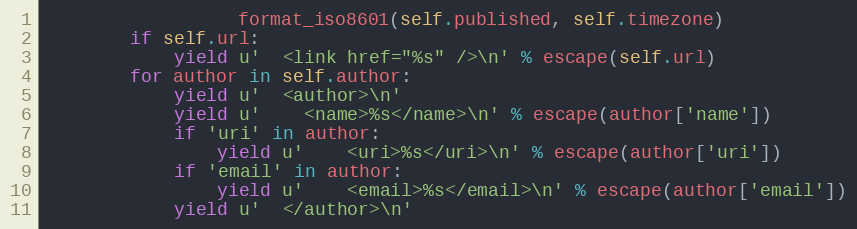
Language: Python
                  format_iso8601(self.published, self.timezone)
        if self.url:
            yield u'  <link href="%s" />\n' % escape(self.url)
        for author in self.author:
            yield u'  <author>\n'
            yield u'    <name>%s</name>\n' % escape(author['name'])
            if 'uri' in author:
                yield u'    <uri>%s</uri>\n' % escape(author['uri'])
            if 'email' in author:
                yield u'    <email>%s</email>\n' % escape(author['email'])
            yield u'  </author>\n'